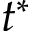
t ^ { * }